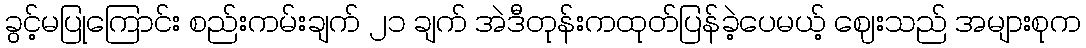
ခွင့်မပြုကြောင်း စည်းကမ်းချက် ၂၁ ချက် အဲဒီတုန်းကထုတ်ပြန်ခဲ့ပေမယ့် ဈေးသည် အများစုက